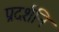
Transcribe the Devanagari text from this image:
प्रदर्शनि